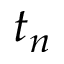
t _ { n }